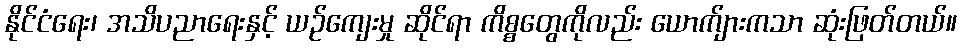
နိုင်ငံရေး၊ အသိပညာရေးနှင့် ယဉ်ကျေးမှု ဆိုင်ရာ ကိစ္စတွေကိုလည်း ယောက်ျားကသာ ဆုံးဖြတ်တယ်။